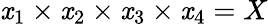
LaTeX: \mathit{x}_{1}\times\mathit{x}_{2}\times\mathit{x}_{3}\times\mathit{x}_{4}=X